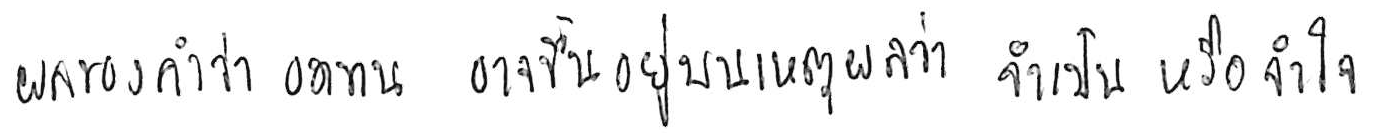
ผลของคำว่า อดทน อาจขึ้นอยู่บนเหตุผลว่า จำเป็น หรือ จำใจ